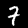
Digit: 7